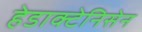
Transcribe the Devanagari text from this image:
हेडाक्टेनिसेन